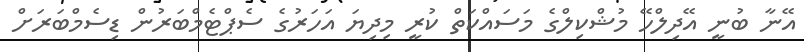
އޭނާ ބުނީ އޭދިލްހޭ މުޝްކިލްގެ މަސައްކަތް ކުރީ މިދިޔަ އަހަރުގެ ސެޕްޓެމްބަރުން ޑިސެމްބަރަށް